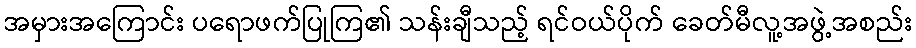
အမှားအကြောင်း ပရောဖက်ပြုကြ၏ သန်းချီသည့် ရင်ဝယ်ပိုက် ခေတ်မီလူ့အဖွဲ့အစည်း